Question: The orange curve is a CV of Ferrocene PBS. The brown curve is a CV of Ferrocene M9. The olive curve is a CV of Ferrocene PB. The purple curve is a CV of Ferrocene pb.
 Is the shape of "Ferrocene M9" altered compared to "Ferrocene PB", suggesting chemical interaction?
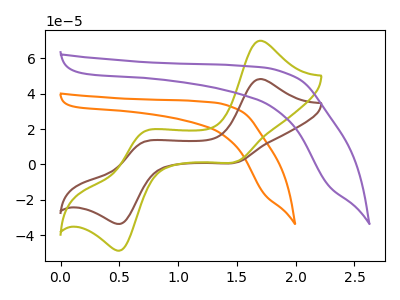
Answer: <think>The orange curve "Ferrocene PBS" has no peaks. The brown curve "Ferrocene M9" has anodic peaks at (1.70V, 48.30uA) (0.70V, 12.40uA) and cathodic peaks at (1.50V, 1.20uA) (0.50V, -33.35uA). The olive curve "Ferrocene PB" has anodic peaks at (1.70V, 70.00uA) (0.70V, 17.95uA) and cathodic peaks at (1.50V, 1.75uA) (0.50V, -48.35uA). The purple curve "Ferrocene pb" has no peaks.
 All the peaks in "Ferrocene M9" have a peak in "Ferrocene PB" at the same potential.</think>
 <answer>No, "Ferrocene M9" and "Ferrocene PB" don't appear to be significantly different in shape</answer>
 <eval>no_change</eval>